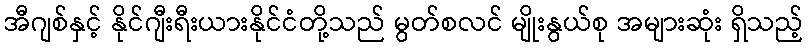
အီဂျစ်နှင့် နိုင်ဂျီးရီးယားနိုင်ငံတို့သည် မွတ်စလင် မျိုးနွယ်စု အများဆုံး ရှိသည့်